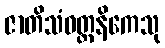
ဇာတိသံဝတ္တနိကေသု